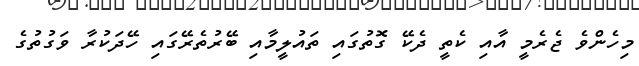
މިހެންވެ ޖެރެމީ އާއި ކެތީ ދެކޭ ގޮތުގައި ތައުލީމާއި ބޭރުތެރޭގައި ހޭދަކުރާ ވަގުތުގެ